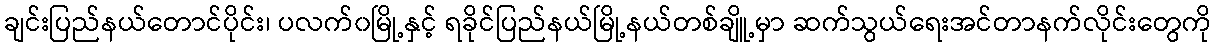
ချင်းပြည်နယ်တောင်ပိုင်း၊ ပလက်၀မြို့နှင့် ရခိုင်ပြည်နယ်မြို့နယ်တစ်ချိူ့မှာ ဆက်သွယ်ရေးအင်တာနက်လိုင်းတွေကို